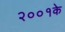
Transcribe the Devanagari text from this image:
२००१के